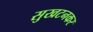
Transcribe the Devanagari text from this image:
सुखटनकर